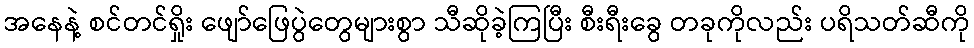
အနေနဲ့ စင်တင်ရှိုး ဖျော်ဖြေပွဲတွေများစွာ သီဆိုခဲ့ကြပြီး စီးရီးခွေ တခုကိုလည်း ပရိသတ်ဆီကို